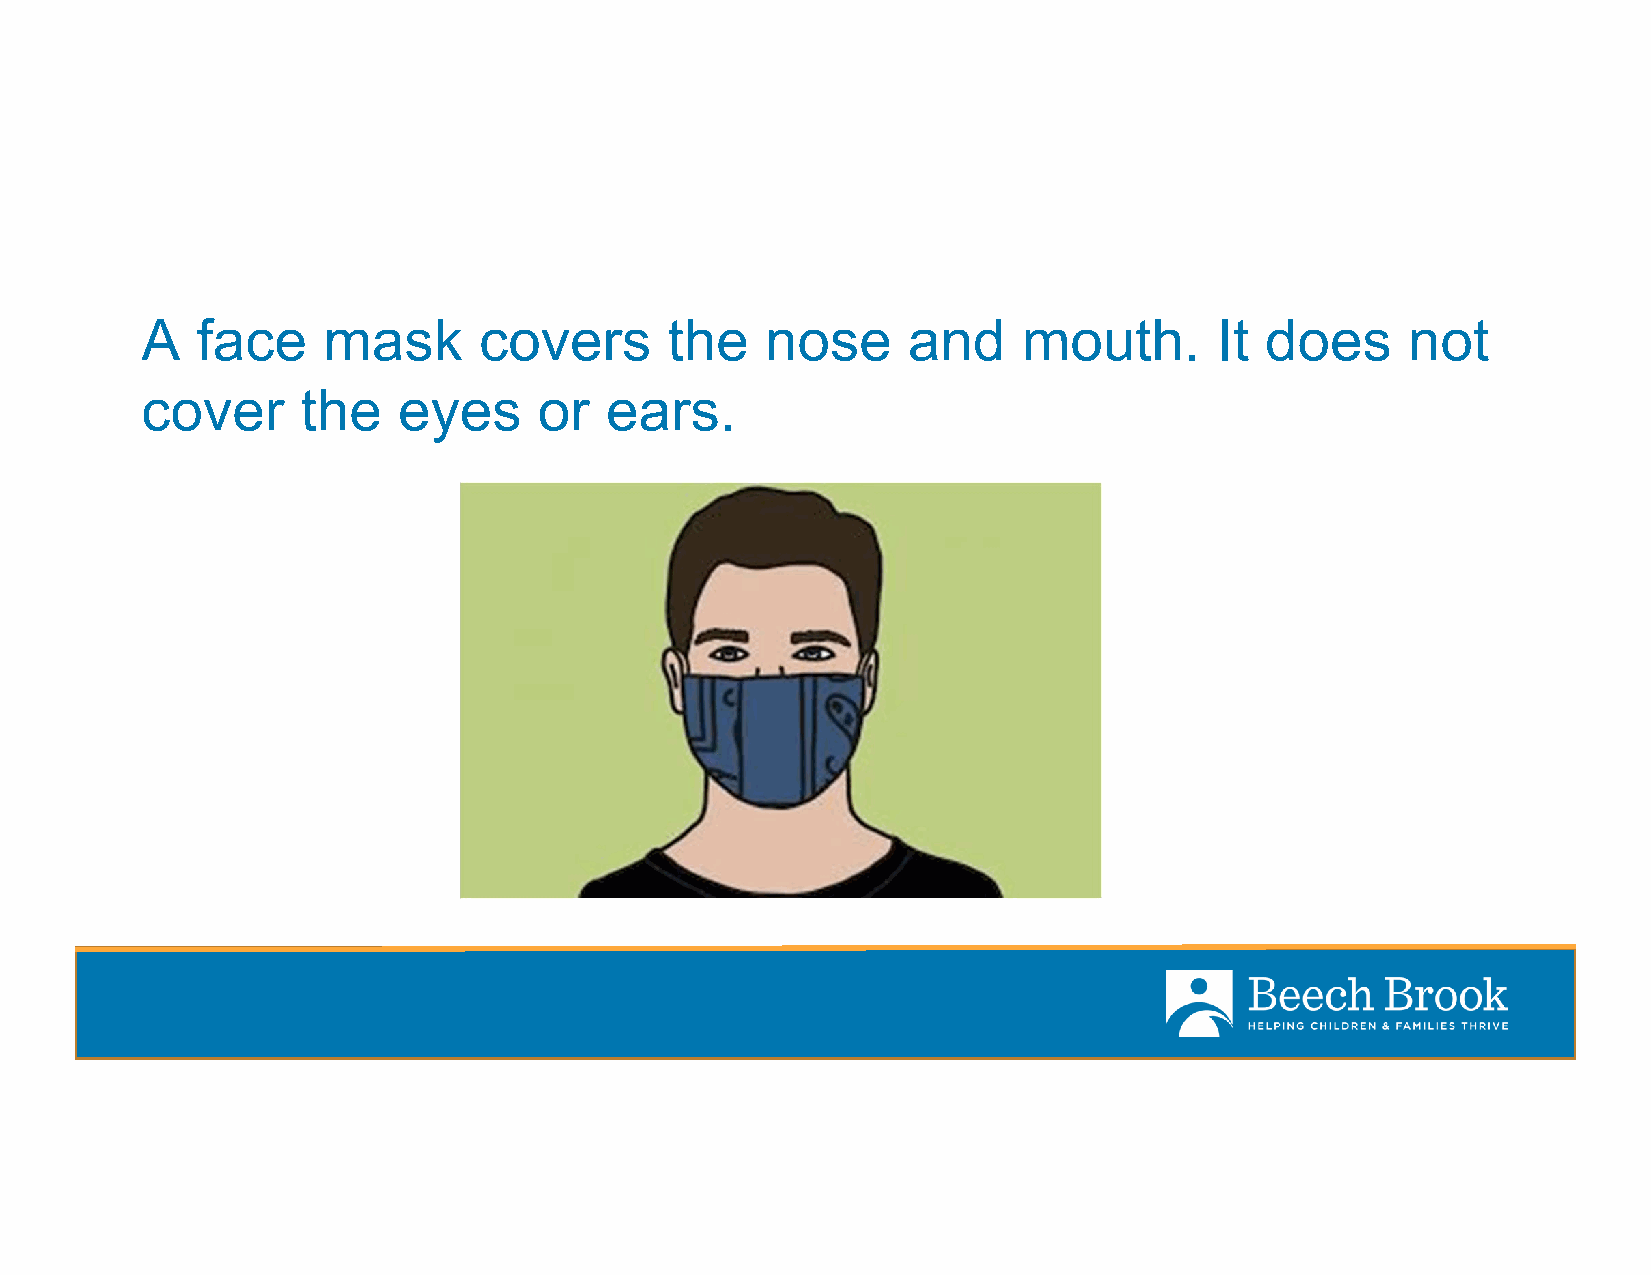
A   face    mask       covers      the    nose     and     mouth.       It does     not
 cover      the   eyes      or  ears.